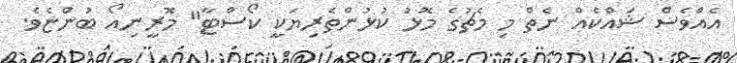
އެއްވެސް ޝައްކެއް ނެތް މި މެޗުގެ މޮޅު ކުޅުންތެރިޔަކީ ކޯސްޓާ" މޮރީނިއޯ ބުންޏެވެ.